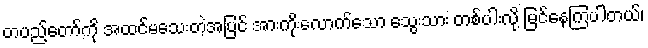
တပည့်တော်ကို အထင်မသေးတဲ့အပြင် အားကိုးလောက်သော သွေးသား တစ်ပါးလို့ မြင်နေကြပါတယ်၊